65_HS1-834228961_62-HQ-83894_Section_5
Agency: FBI
Page 32
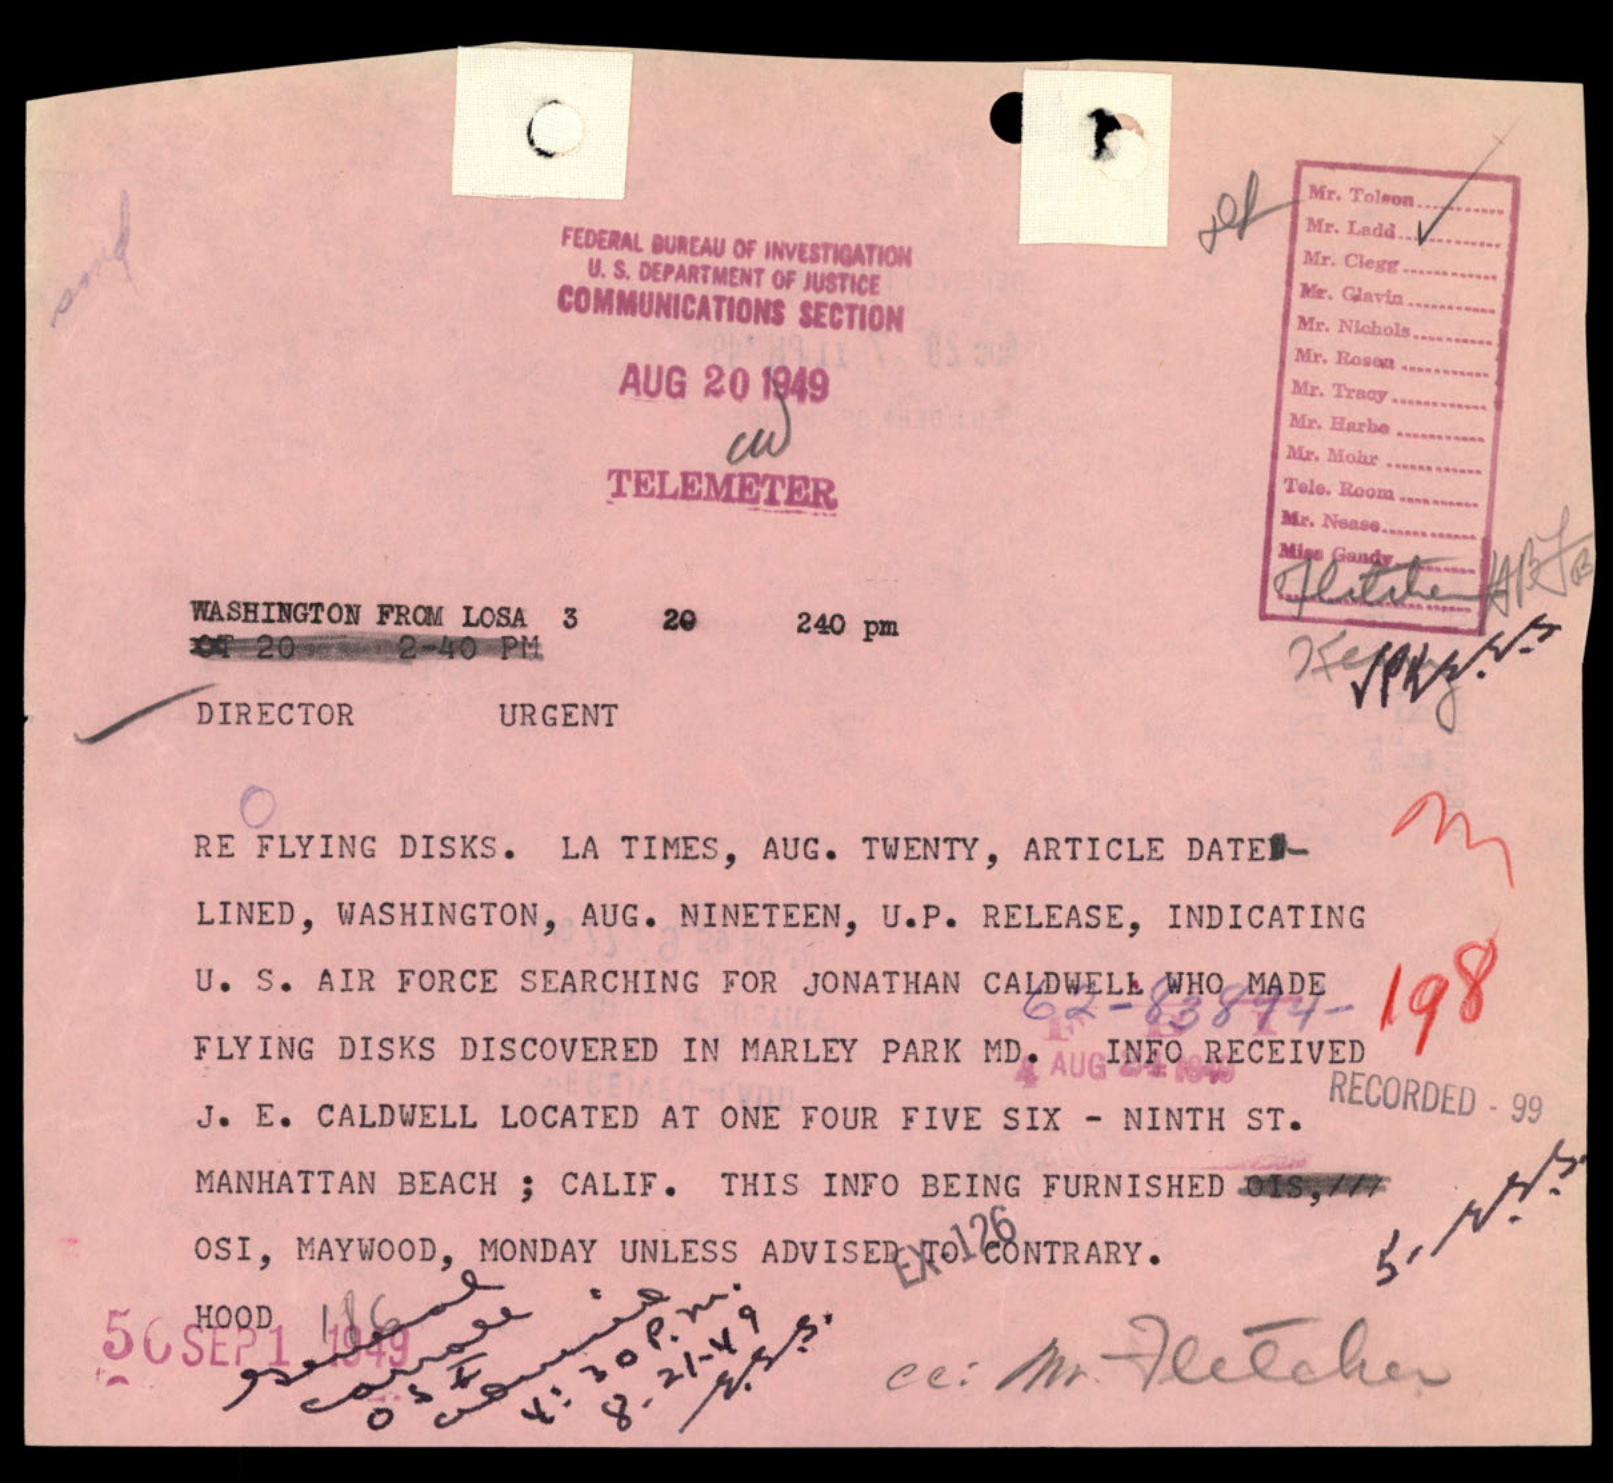